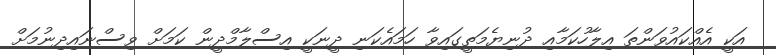
އަކީ އެއްކައުވަންތަ އިލާހުކަމާއި ދުނިޔެމަތީގައިވާ ހަމައެކަނި ދީނަކީ އިސްލާމްދީން ކަމަށް ވިސްނައިދިނުމަށް